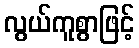
လွယ်ကူစွာဖြင့်